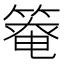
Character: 𫂑